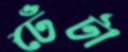
ঢেঁটা